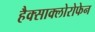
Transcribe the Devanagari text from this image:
हैक्साक्लोरोफेन